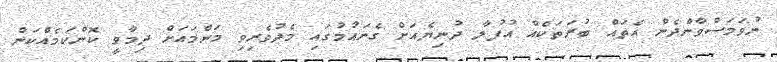
ނުވަމަސްވާންދެން އެތައް ބުރަތަކެއް އުފުލާ ދުނިޔެއަށް ގެނައުމުގައި މެދުވެރިވި މަންމައަށް ދިމާވީ ކޮންކަމެއްކަން